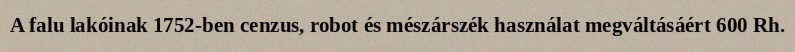
A falu lakóinak 1752-ben cenzus, robot és mészárszék használat megváltásáért 600 Rh.